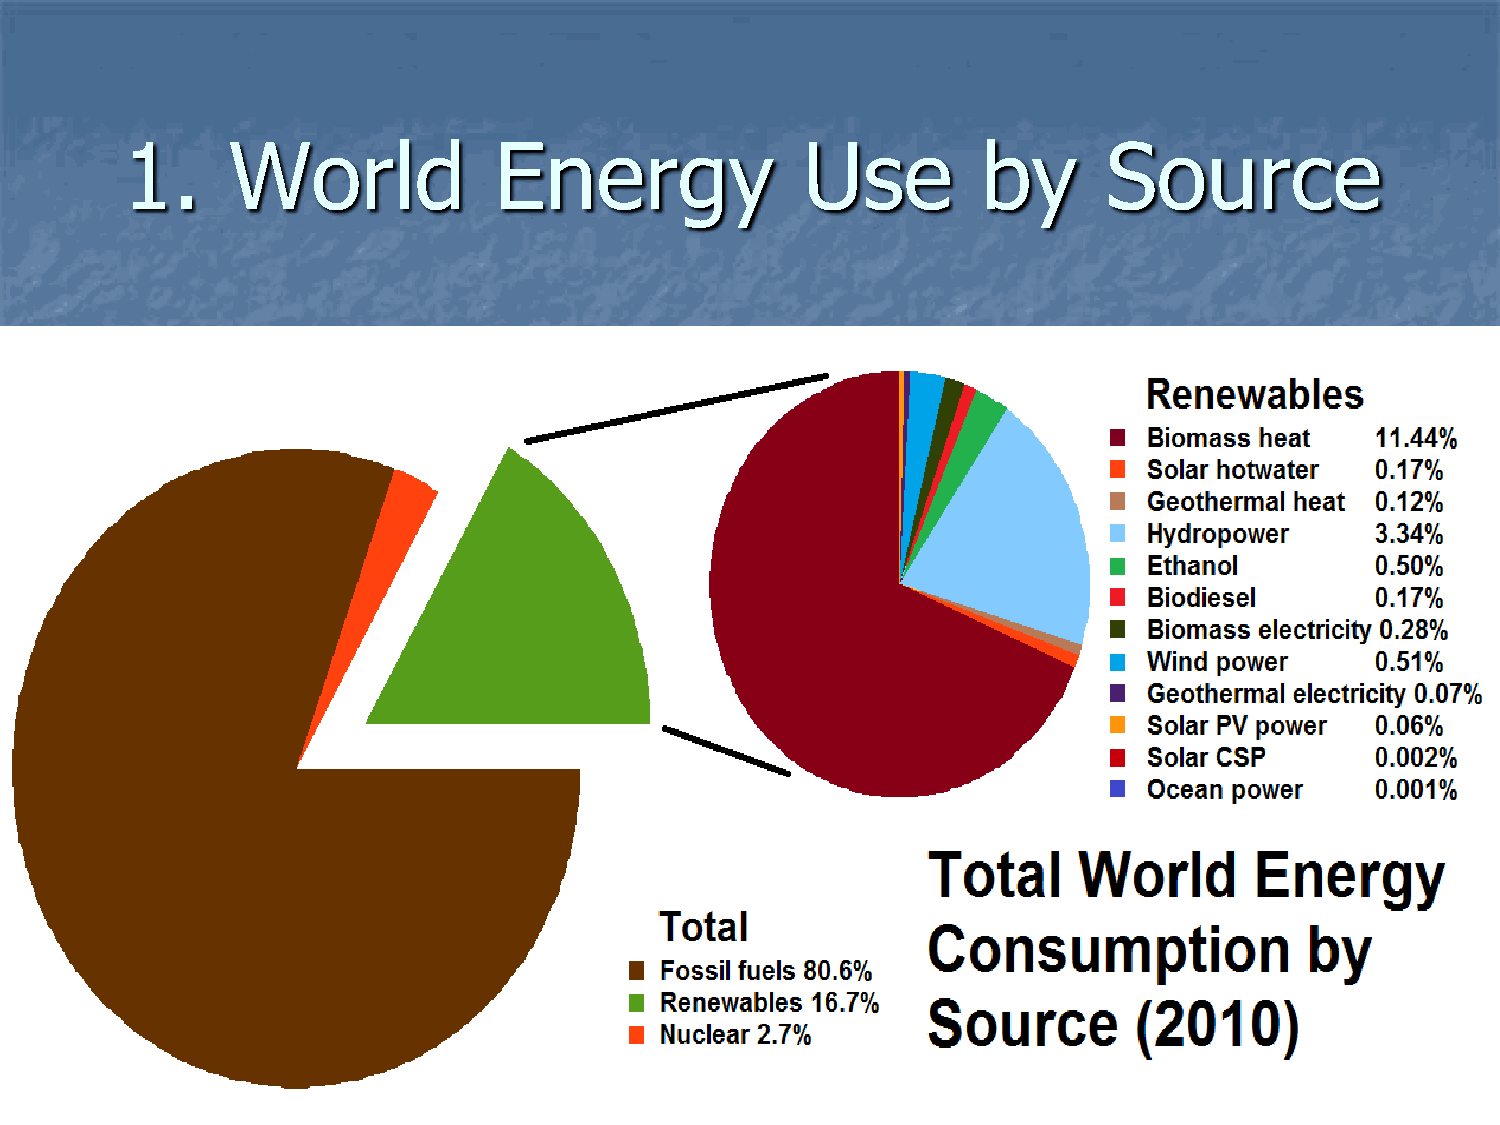
1.     World             Energy              Use         by      Source